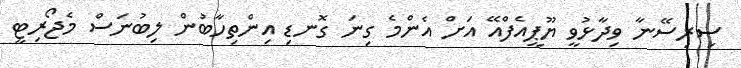
ސިރިސޭނާ ވިދާޅުވީ ޔޫޕީއެފްއޭ އަށް އެންމެ ގިނަ ގޮނޑި އިންތިހާބުން ލިބުނަސް މެޖޯރިޓީ